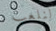
لنلعب